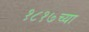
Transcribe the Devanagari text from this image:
१८१७च्या